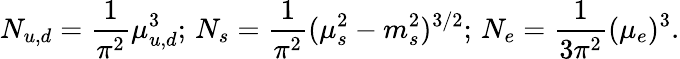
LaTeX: N_{u,d}=\frac{1}{\pi^{2}}\mu_{u,d}^{3};\, N_{s}=\frac{1}{\pi^{2}}(\mu_{s}^{2}-m_{s}^{2})^{3/2};\, N_{e}=\frac{1}{3\pi^{2}}(\mu_{e})^{3}.